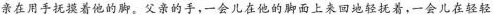
亲在用手抚摸着他的脚。父亲的手，一会儿在他的脚面上来回地轻抚着，一会儿在轻轻